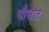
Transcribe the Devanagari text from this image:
चौघाट